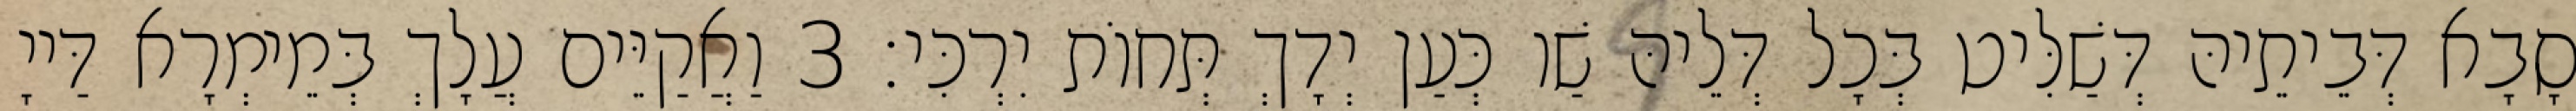
סָבָא דְּבֵיתֵיהּ דְּשַׁלִּיט בְּכָל דְּלֵיהּ שַׁו כְּעַן יְדָךְ תְּחוֹת יִרְכִּי׃ 3 וַאֲקַיֵּים עֲלָךְ בְּמֵימְרָא דַּייָ